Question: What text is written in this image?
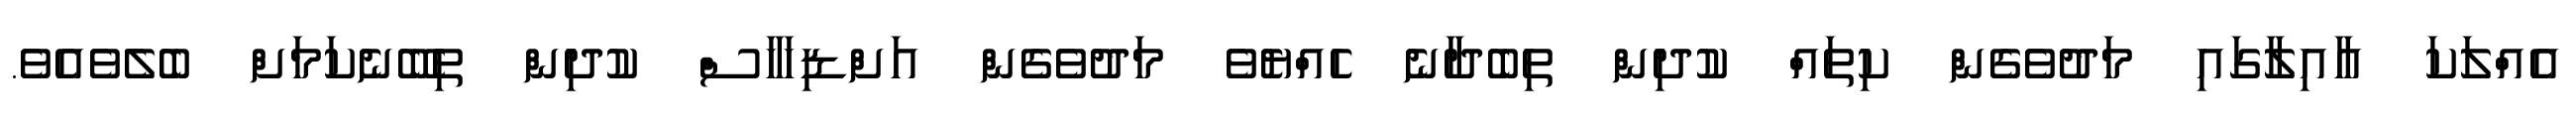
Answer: އެއްލަކަ އާއިލާގައި މަދުވެގެން ކިތައް ކުދިން ތިބެދާނެ ހެއްޔެވެ މަދުވެގެން އަށްޑިހަހާސް ކުދިން ތިބޭނެކަމަށް ބެލެވެއެވެ.